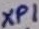
Text: XP1